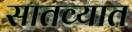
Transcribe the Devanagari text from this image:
सातव्यात